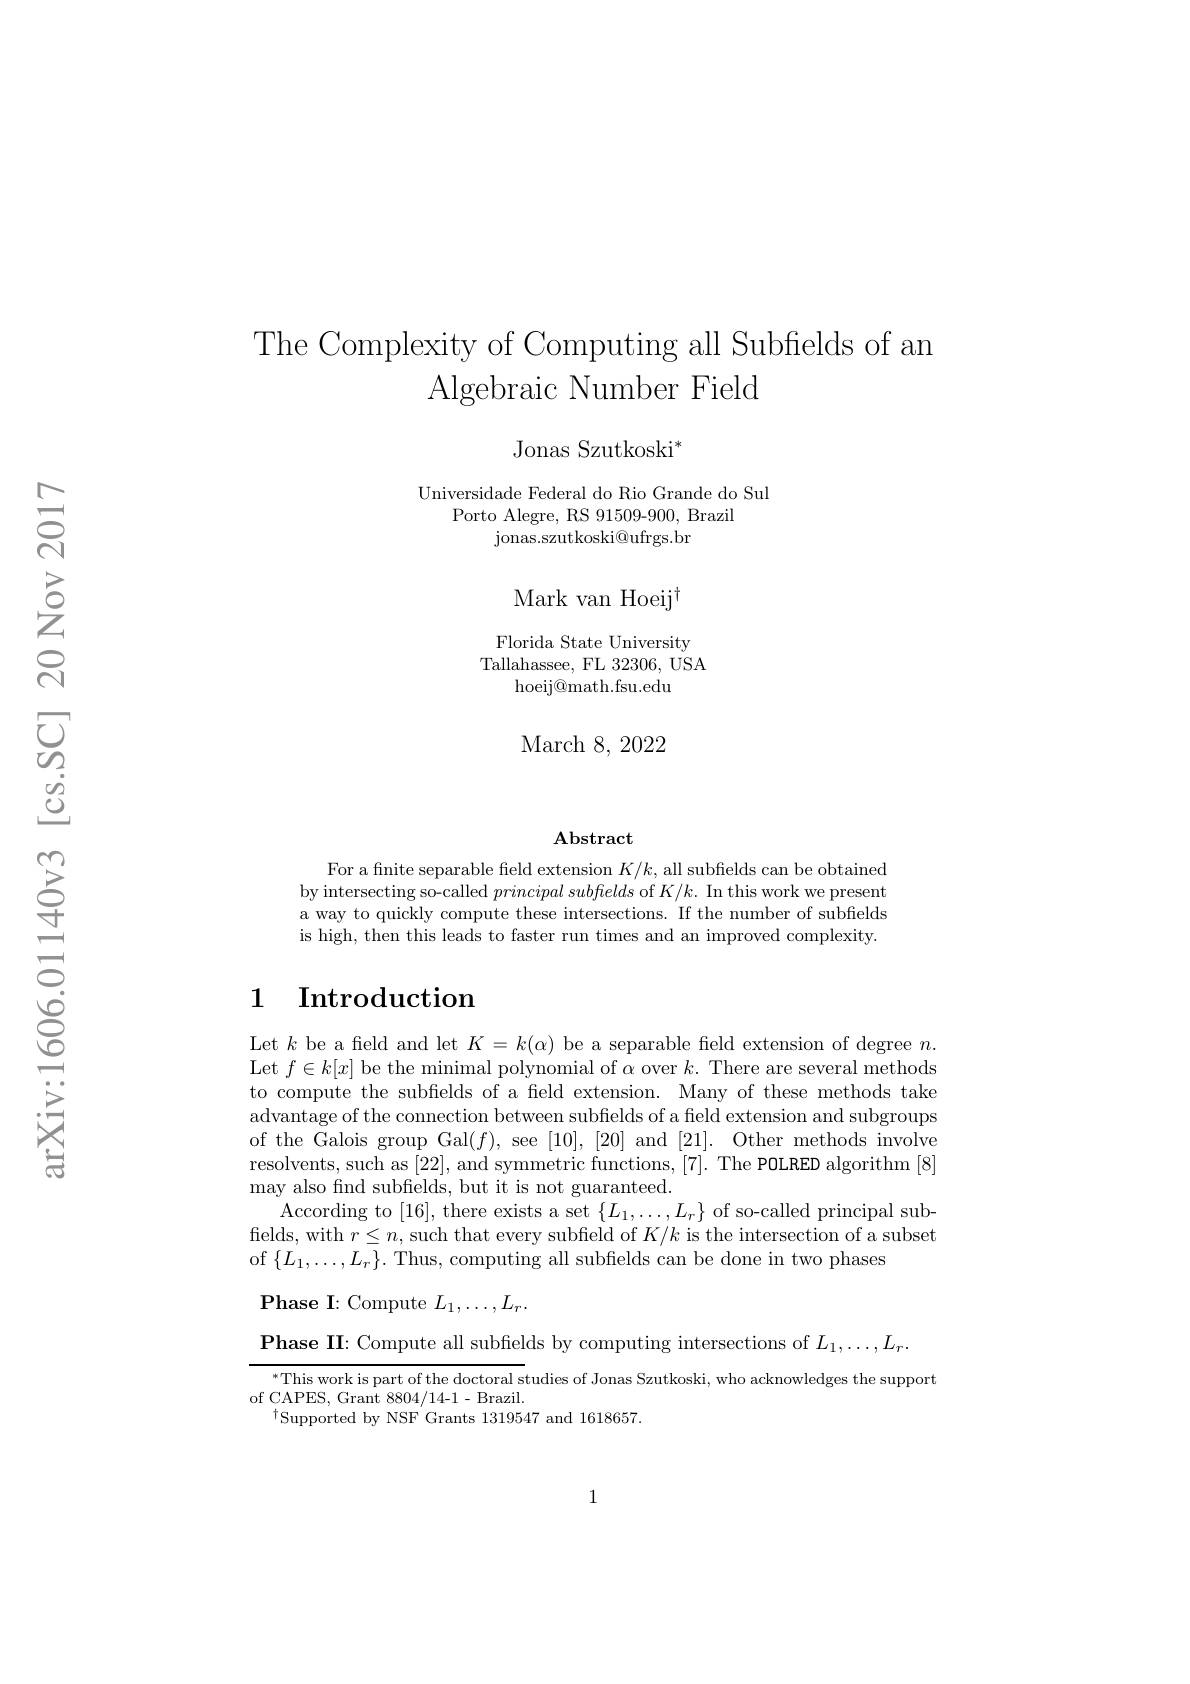
The Complexity of Computing all Subfields of an
Algebraic Number Field

Jonas Szutkoski$^*$

Universidade Federal do Rio Grande do Sul

Porto Alegre, RS 91509-900, Brazil

$\bar{\text{jonas.szutkoski@ufrgs.br}}$

$\mathrm{Mark~van~Hoeij}^{\dagger}$ Florida State University Tallahassee, FL 32306, USA
hoeij@math.fsu.edu

March 8, 2022

$\mathbf{Abstract}$

For a fnite separable field extension $K/k$, all subfields can be obtained by intersecting so-called $principal\textit{subfelds of }K/ k.$ In this work we present a way to quickly compute these intersections. If the number of subfields is high, then this leads to faster run times and an improved complexity.

## 1 Introduction

Let $k$ be a feld and let $K=k(\alpha)$ be a separable feld extension of degree $n.$ Let $f\in k[x]$ be the minimal polynomial of $\alpha$ over $k.$ There are several methods to compute the subfields of a feld extension. Many of these methods take advantage of the connection between subfields of a field extension and subgroups of the Galois group Gal$(f)$, see [10],[20] and [21]. Other methods involve resolvents, such as [22], and symmetric functions, [7]. The POLRED algorithm [8] may also find subfields, but it is not guaranteed.
According to [16], there exists a set $\{L_1,\ldots,L_r\}$ of so-called principal subfields, with $r\leq n$,such that every subfield of $K/k$ is the intersection of a subset of $\{L_{1},\ldots,L_{r}\}.$ Thus, computing all subfields can be done in two phases

Phase I: Compute $L_1,\ldots,L_r.$

Phase II: Compute all subfields by computing intersections of $L_1,\ldots,L_r.$
$^{*}$This work is part of the doctoral studies of Jonas Szutkoski, who acknowledges the support
of CAPES, Grant 8804/14-1- Brazil.
$^{\dagger}$Supported by NSF Grants 1319547 and 1618657.

1